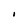
Character: I